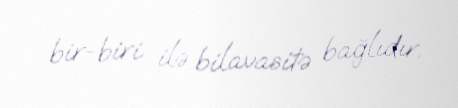
bir-biri ilə bilavasitə bağlıdır.